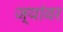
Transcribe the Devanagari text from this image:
ज्यांवर